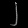
Digit: ၂